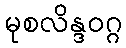
မုစလိန္ဒဝဂ္ဂ